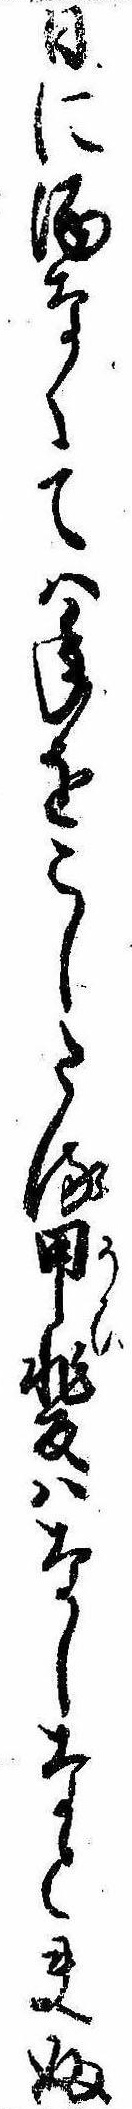
日に酒なくては年をこしたる甲斐はなしなと夫婦